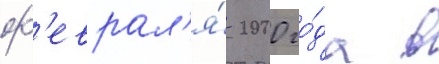
ф'еврал'я́ 2000 го́да в